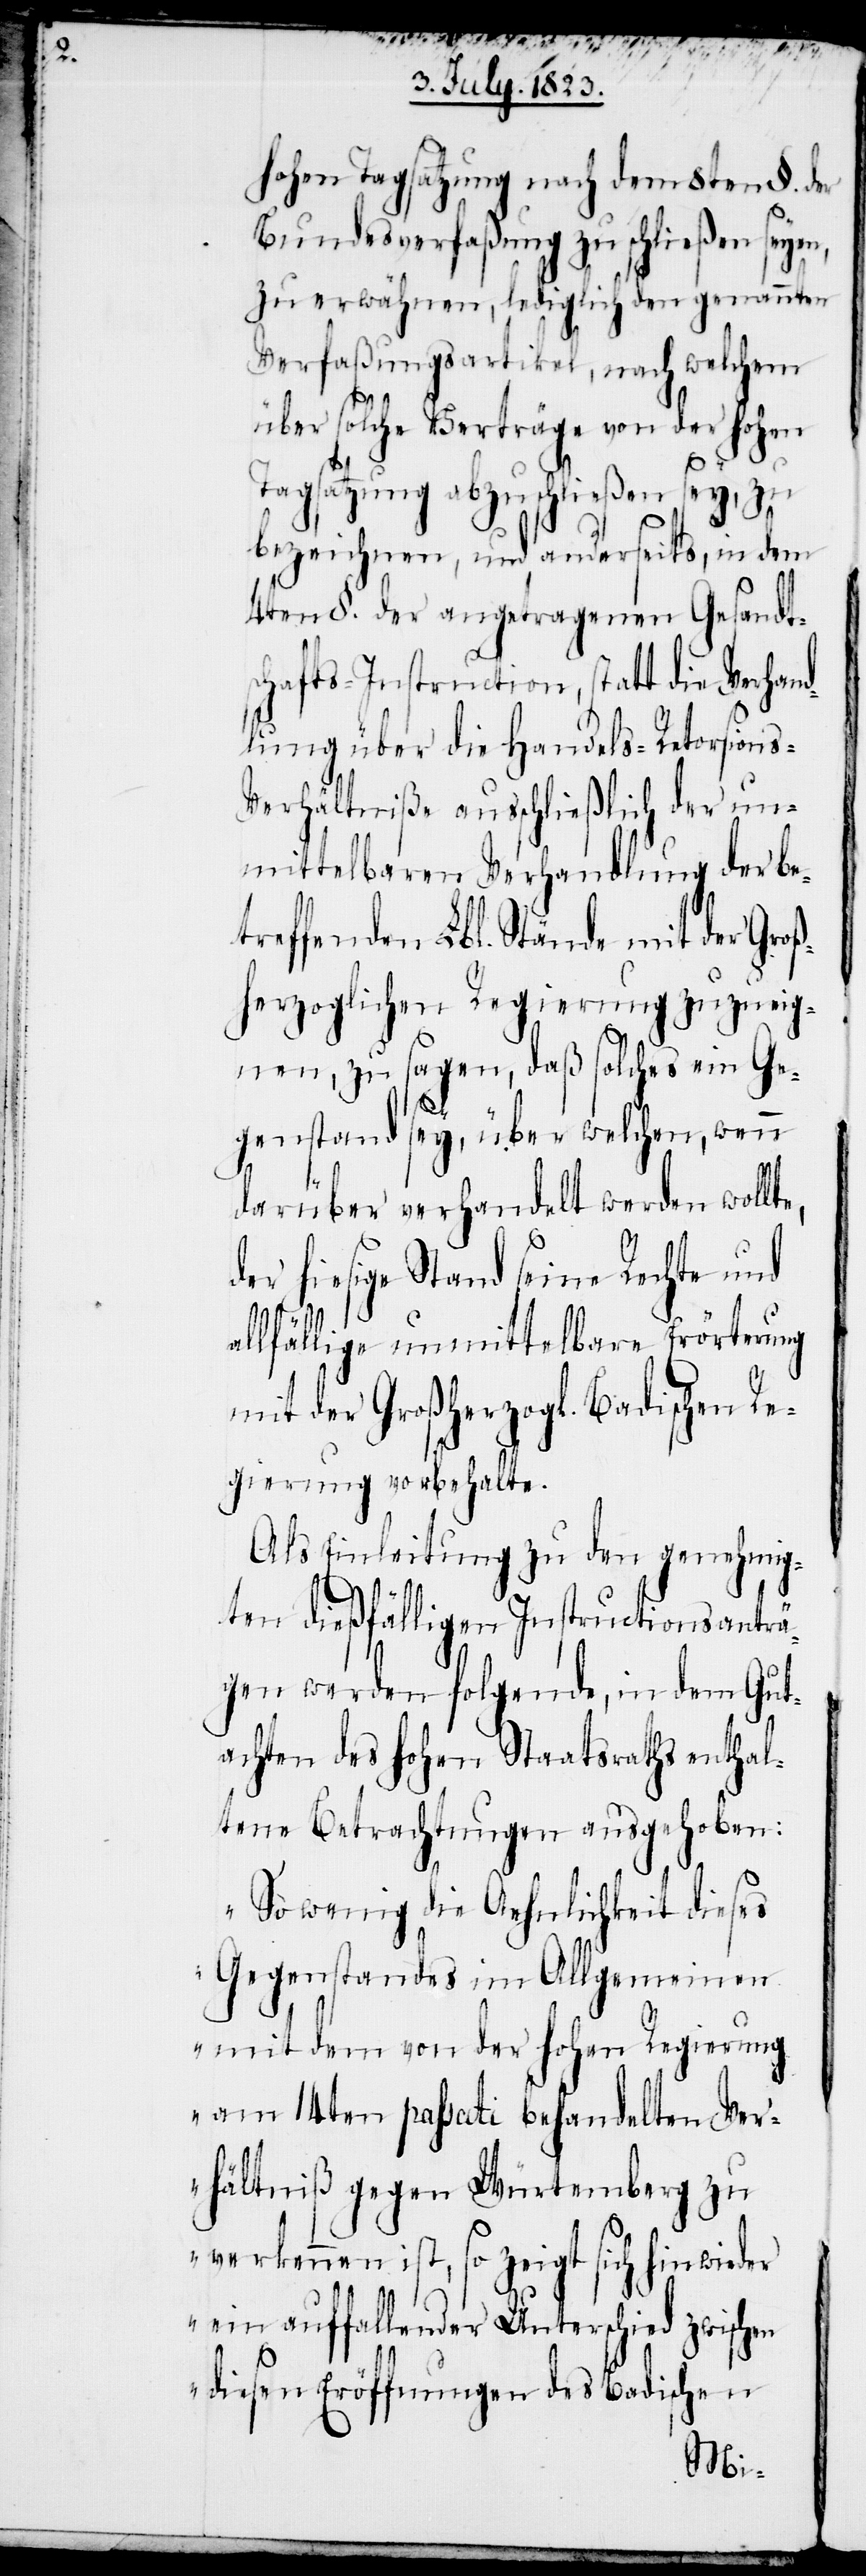
a¬
hohen Tagsatzung nach dem 8ten §. der
Bundesverfaßung zu schließen seyen,
zu erwähnen, lediglich den genannten
Verfaßungsartikel, nach welchem
über solche Verträge von der hohen
Tagsatzung abzuschließen sey, zu
bezeichnen, und anderseits, in dem
4ten §. der angetragenen Gesandts¬
chafts-Instruction, statt die Verhand¬
lung über die Handels-Retorsion¬
s-Verhältniße ausschließlich der un¬
mittelbaren Verhandlung der be¬
treffenden Lbl. Stände mit der Groß¬
herzoglichen Regierung zuzueig¬
nen, zu sagen, daß solches ein Ge¬
genstand sey, über welchen, wenn
darüber verhandelt werden wollte,
der hiesige Stand seine Rechte und
llfällige unmittelbare Erörterung
mit der Großherzogl. Badischen Re¬
gierung vorbehalte.
Als Einleitung zu den genehmig¬
ten dießfälligen Instructionsanträ¬
gen werden folgende, in dem Gut¬
achten des hohen Staatsraths enthal¬
tene Betrachtungen ausgehoben:
„So wenig die Aehnlichkeit dieses
Gegenstandes im Allgemeinen
mit dem von der hohen Regierung
am 14ten passati behandelten Ver¬
hältniß gegen Würtemberg zu
verkennen ist, so zeigt sich hinwieder
ein auffallender Unterschied zwischen
diesen Eröffnungen des Badischen